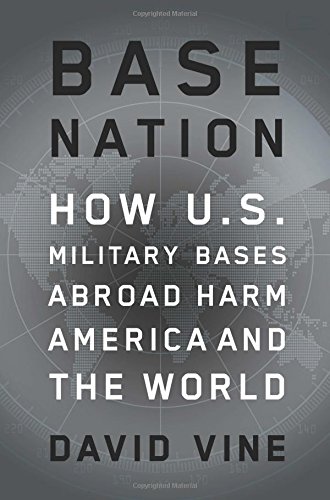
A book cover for Base Nation: How U.S. Military Bases Abroad Harm America and the World (American Empire Project); David Vine; History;